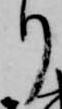
り